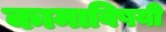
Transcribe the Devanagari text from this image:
कामाविषयी